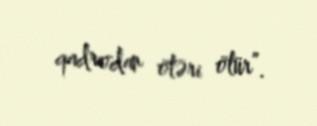
qadrodan ötəri ölür”.